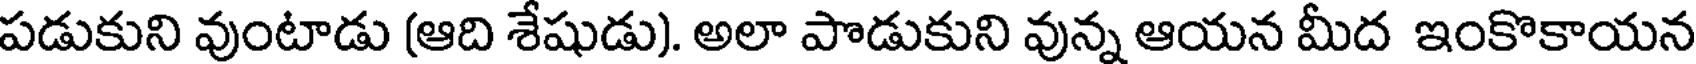
పడుకుని వుంటాడు (ఆది శేషుడు). అలా పొడుకుని వున్న ఆయన మీద ఇంకొకాయన